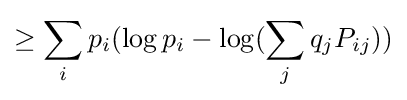
\geq \sum _{i}p_{i}(\log p_{i}-\log(\sum _{j}q_{j}P_{ij}))